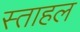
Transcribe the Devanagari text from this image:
स्ताहल